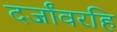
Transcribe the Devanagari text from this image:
दर्जांवरहि